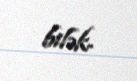
bilək.